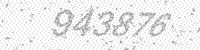
Solution: 943876